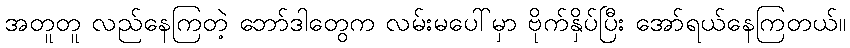
အတူတူ လည်နေကြတဲ့ ဘော်ဒါတွေက လမ်းမပေါ်မှာ ဗိုက်နှိပ်ပြီး အော်ရယ်နေကြတယ်။